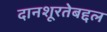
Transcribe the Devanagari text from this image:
दानशूरतेबद्दल